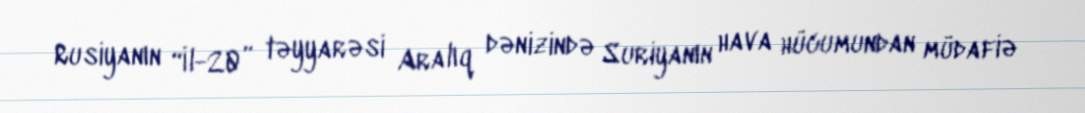
Rusiyanın “İl-20” təyyarəsi Aralıq dənizində Suriyanın hava hücumundan müdafiə